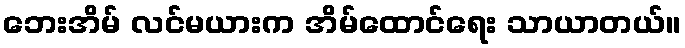
ဘေးအိမ် လင်မယားက အိမ်ထောင်ရေး သာယာတယ်။